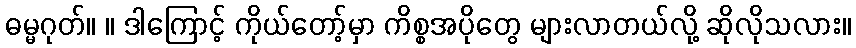
ဓမ္မဂုတ်။ ။ ဒါကြောင့် ကိုယ်တော့်မှာ ကိစ္စအပိုတွေ များလာတယ်လို့ ဆိုလိုသလား။